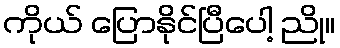
ကိုယ် ပြောနိုင်ပြီပေါ့ ညို။